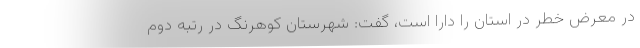
در معرض خطر در استان را دارا است، گفت: شهرستان کوهرنگ در رتبه دوم